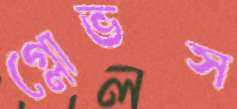
গ্লোভস